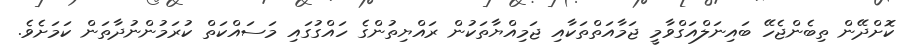
ކޮށްދޭން ތިބެންޖެހޭ ބައިނަލްއަގްވާމީ ޖަމާއަތްތަކާއި ޖަމިއްޔާތަކުން ރައްޔިތުންގެ ހައްގުގައި މަސައްކަތް ކުރަމުންނުދާތަން ކަމަށެވެ.